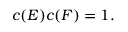
c ( E ) c ( F ) = 1 .